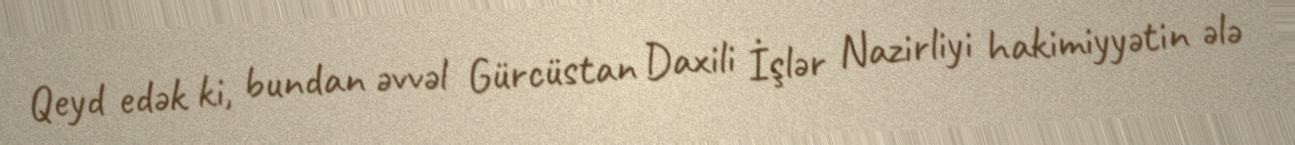
Qeyd edək ki, bundan əvvəl Gürcüstan Daxili İşlər Nazirliyi hakimiyyətin ələ